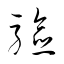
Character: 驗